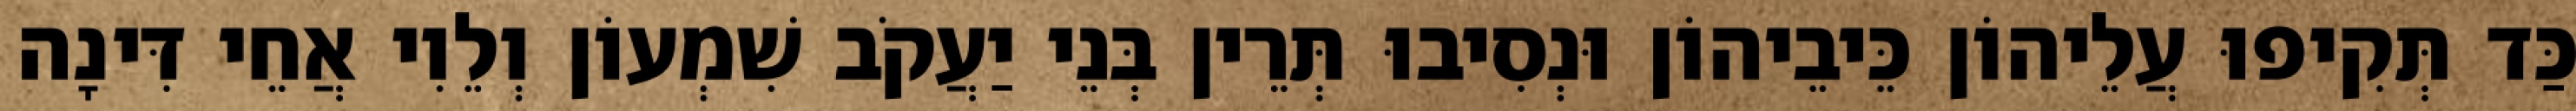
כַּד תְּקִיפוּ עֲלֵיהוֹן כֵּיבֵיהוֹן וּנְסִיבוּ תְּרֵין בְּנֵי יַעֲקֹב שִׁמְעוֹן וְלֵוִי אֲחֵי דִּינָה